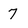
Character: 7